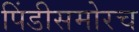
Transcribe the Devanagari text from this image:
पिंडीसमोरच